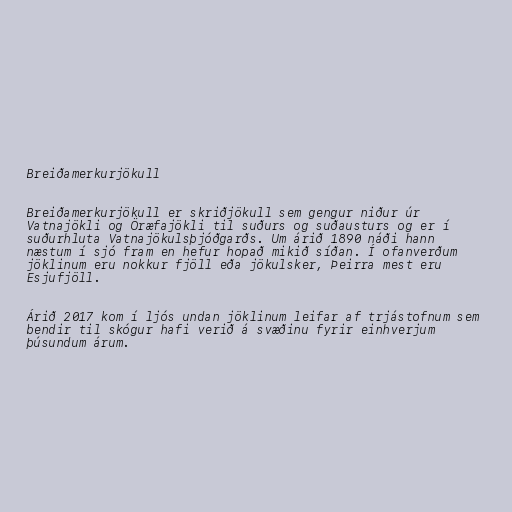
Breiðamerkurjökull

Breiðamerkurjökull er skriðjökull sem gengur niður úr
Vatnajökli og Öræfajökli til suðurs og suðausturs og er í
suðurhluta Vatnajökulsþjóðgarðs. Um árið 1890 náði hann
næstum í sjó fram en hefur hopað mikið síðan. Í ofanverðum
jöklinum eru nokkur fjöll eða jökulsker, Þeirra mest eru
Esjufjöll.

Árið 2017 kom í ljós undan jöklinum leifar af trjástofnum sem
bendir til skógur hafi verið á svæðinu fyrir einhverjum
þúsundum árum.